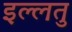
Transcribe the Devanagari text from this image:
इल्लतु